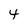
Character: 4